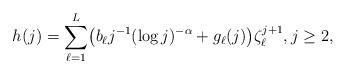
LaTeX: \begin{align*}h(j)=\sum_{\ell=1}^L \bigl( { b}_\ell j^{-1}(\log j)^{-\alpha}+ g_\ell(j)\bigr)\zeta_\ell^{j+1},j\geq2,\end{align*}